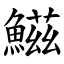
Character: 鰦